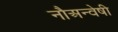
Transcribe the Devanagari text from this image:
नौअन्वेषी